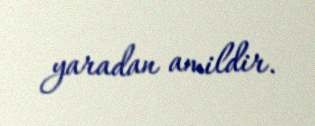
yaradan amildir.